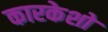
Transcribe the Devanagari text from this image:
कारकेशो